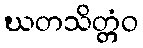
ဃတသိတ္တံဝ